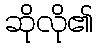
ဆိုလို၏